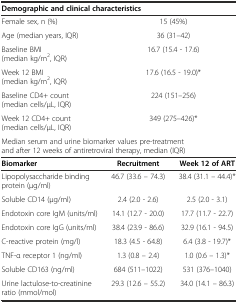
<table><thead><tr><td colspan="3"><b>Demographic and clinical characteristics</b></td></tr></thead><tbody><tr><td>Female sex, n (%)</td><td colspan="2">15 (45%)</td></tr><tr><td>Age (median years, IQR)</td><td colspan="2">36 (31–42)</td></tr><tr><td>Baseline BMI (median kg/m<sup>2</sup>, IQR)</td><td colspan="2">16.7 (15.4 - 17.6)</td></tr><tr><td>Week 12 BMI (median kg/m<sup>2</sup>, IQR)</td><td colspan="2">17.6 (16.5 - 19.0)*</td></tr><tr><td>Baseline CD4+ count (median cells/μL, IQR)</td><td colspan="2">224 (151–256)</td></tr><tr><td>Week 12 CD4+ count (median cells/μL, IQR)</td><td colspan="2">349 (275–426)*</td></tr><tr><td colspan="3">Median serum and urine biomarker values pre-treatment and after 12 weeks of antiretroviral therapy, median (IQR)</td></tr><tr><td><b>Biomarker</b></td><td><b>Recruitment</b></td><td><b>Week 12 of ART</b></td></tr><tr><td>Lipopolysaccharide binding protein (μg/ml)</td><td>46.7 (33.6 – 74.3)</td><td>38.4 (31.1 – 44.4)*</td></tr><tr><td>Soluble CD14 (μg/ml)</td><td>2.4 (2.0 - 2.6)</td><td>2.5 (2.0 - 3.1)</td></tr><tr><td>Endotoxin core IgM (units/ml)</td><td>14.1 (12.7 - 20.0)</td><td>17.7 (11.7 - 22.7)</td></tr><tr><td>Endotoxin core IgG (units/ml)</td><td>38.4 (23.9 - 86.6)</td><td>32.9 (16.1 - 94.5)</td></tr><tr><td>C-reactive protein (mg/l)</td><td>18.3 (4.5 - 64.8)</td><td>6.4 (3.8 - 19.7)*</td></tr><tr><td>TNF-α receptor 1 (ng/ml)</td><td>1.3 (0.8 – 2.4)</td><td>1.0 (0.6 – 1.3)*</td></tr><tr><td>Soluble CD163 (ng/ml)</td><td>684 (511–1022)</td><td>531 (376–1040)</td></tr><tr><td>Urine lactulose-to-creatinine ratio (mmol/mol)</td><td>29.3 (12.6 – 55.2)</td><td>34.0 (14.1 – 86.3)</td></tr></tbody></table>